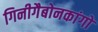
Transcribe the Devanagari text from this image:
गिनीगैबोनकांगो